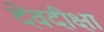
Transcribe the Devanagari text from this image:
देवदीक्षा